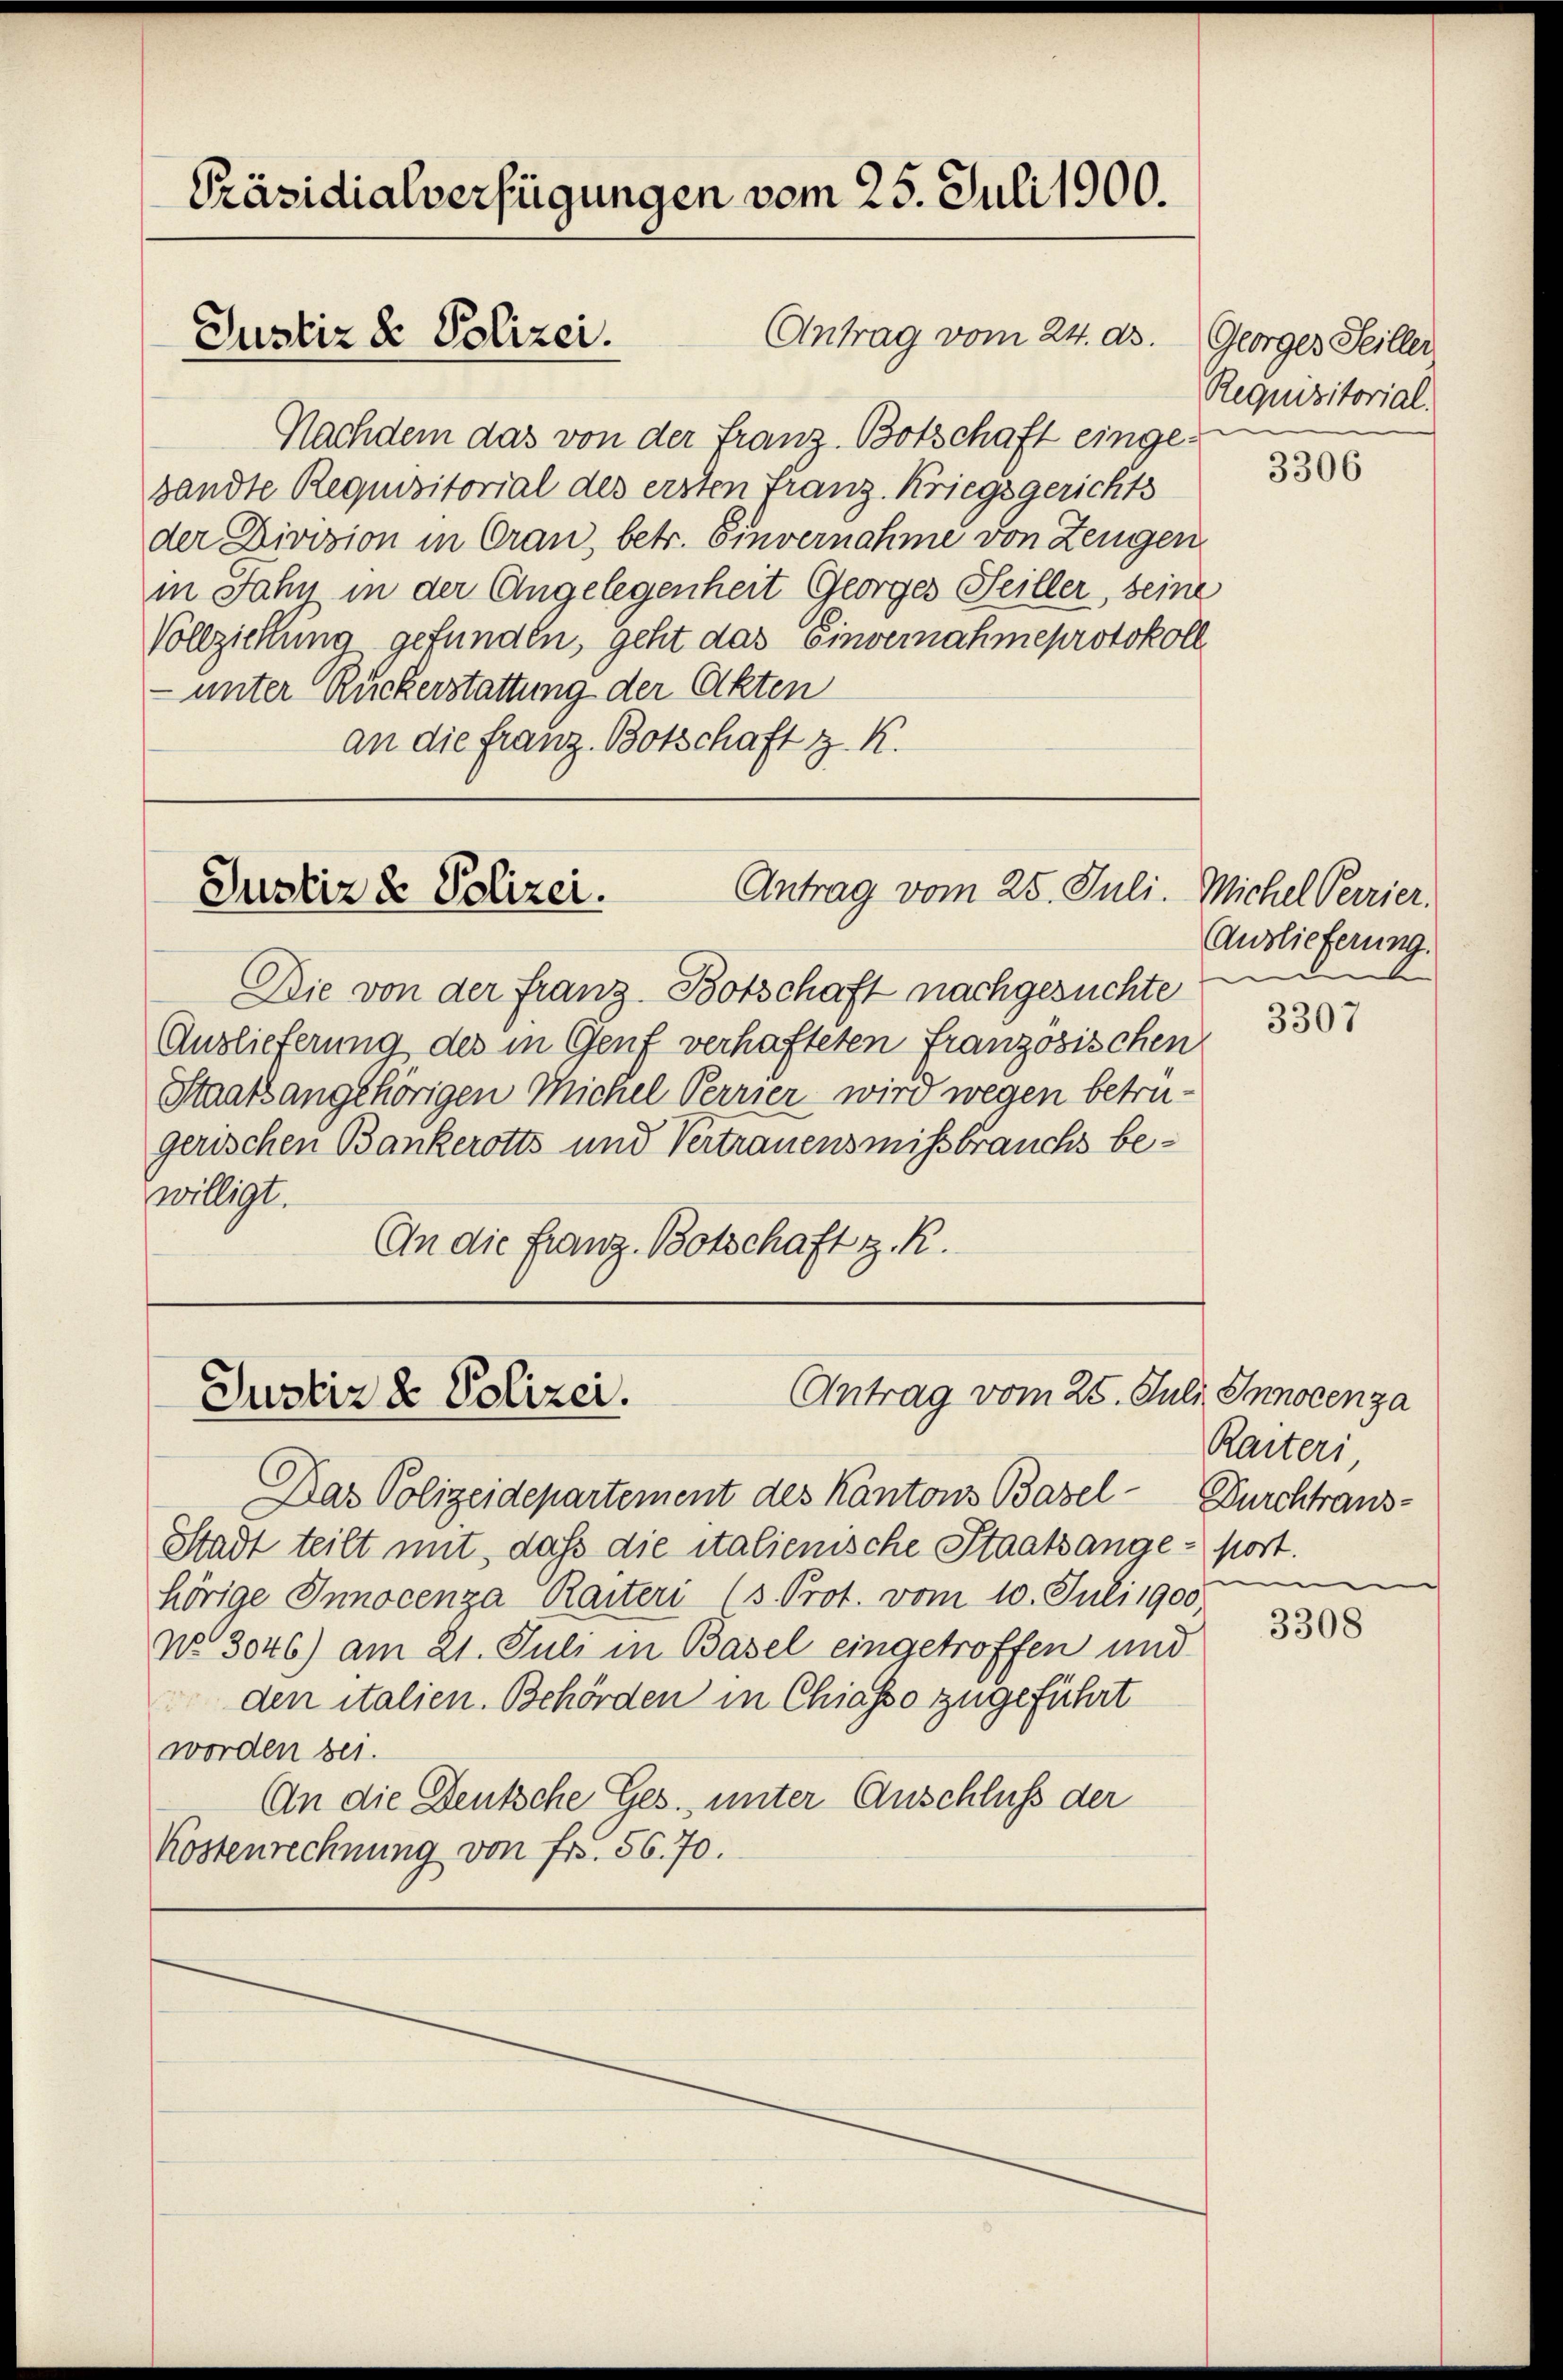
Antrag vom 24. ds.
Nachdem das von der Franz Botschaft eingesandte Requisitorial des ersten Franz Kriegsgerichts
der Division in Oran, betr. Einvernahme von Zeugen
in Jahr in der Angelegenheit Georges Seiller, seine
Vollziehung gefunden, geht das Einvernahmeprotokoll
 unter Ruckerstattung der Akten
an die franz. Botschaft z. K.

Präsidialverfügungen vom 25. Juli 1900.

Justiz & Polizei.

Antrag vom 25. Juli.
Justiz & Polizei.

Antrag vom 25. Juli Innocenza
Justiz & Polizei.

Die von der Franz-Botschaft nachgesuchte
Auslieferung des in Genf verhafteten französischen
Staatsangehörigen Michel Verrier wird wegen betrügerischen Bankerotts und Vertrauensmissbrauchs bewilligt.
An die Franz Botschaft z. R.

Das Polizeidepartement des Kantons Basel- Durchtraus-
Stadt teilt mit, daß die italienische Staatsange post.
hörige Innocenza Raiteri (s. Prot. vom 10. Juli 1900
No 3046) am 21. Juli in Basel eingetroffen und
den italien. Behörden in Chiasso zugeführt
worden bei.
An die Deutsche Ges. unter Anschluß der
Kostenrechnung von Fr. 56. 70.

Georger Seiller
Requisitorial.

3306

Michel Perrier.
Auslieferung.

3307

Raiteri,
m

3308